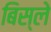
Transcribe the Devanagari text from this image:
बिस्ले